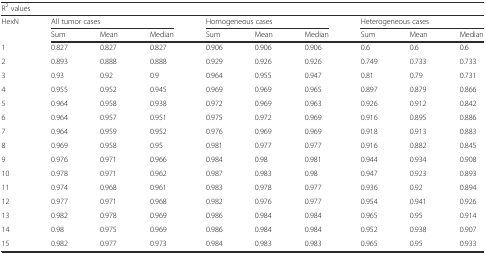
<table><thead><tr><td colspan="10"><b>R<sup>2</sup> values</b></td></tr><tr><td rowspan="2"><b>HexN</b></td><td colspan="3"><b>All tumor cases</b></td><td colspan="3"><b>Homogeneous cases</b></td><td colspan="3"><b>Heterogeneous cases</b></td></tr><tr><td><b>Sum</b></td><td><b>Mean</b></td><td><b>Median</b></td><td><b>Sum</b></td><td><b>Mean</b></td><td><b>Median</b></td><td><b>Sum</b></td><td><b>Mean</b></td><td><b>Median</b></td></tr></thead><tbody><tr><td>1</td><td>0.827</td><td>0.827</td><td>0.827</td><td>0.906</td><td>0.906</td><td>0.906</td><td>0.6</td><td>0.6</td><td>0.6</td></tr><tr><td>2</td><td>0.893</td><td>0.888</td><td>0.888</td><td>0.929</td><td>0.926</td><td>0.926</td><td>0.749</td><td>0.733</td><td>0.733</td></tr><tr><td>3</td><td>0.93</td><td>0.92</td><td>0.9</td><td>0.964</td><td>0.955</td><td>0.947</td><td>0.81</td><td>0.79</td><td>0.731</td></tr><tr><td>4</td><td>0.955</td><td>0.952</td><td>0.945</td><td>0.969</td><td>0.969</td><td>0.965</td><td>0.897</td><td>0.879</td><td>0.866</td></tr><tr><td>5</td><td>0.964</td><td>0.958</td><td>0.938</td><td>0.972</td><td>0.969</td><td>0.963</td><td>0.926</td><td>0.912</td><td>0.842</td></tr><tr><td>6</td><td>0.964</td><td>0.957</td><td>0.951</td><td>0.975</td><td>0.972</td><td>0.969</td><td>0.916</td><td>0.895</td><td>0.886</td></tr><tr><td>7</td><td>0.964</td><td>0.959</td><td>0.952</td><td>0.976</td><td>0.969</td><td>0.969</td><td>0.918</td><td>0.913</td><td>0.883</td></tr><tr><td>8</td><td>0.969</td><td>0.958</td><td>0.95</td><td>0.981</td><td>0.977</td><td>0.977</td><td>0.916</td><td>0.882</td><td>0.845</td></tr><tr><td>9</td><td>0.976</td><td>0.971</td><td>0.966</td><td>0.984</td><td>0.98</td><td>0.981</td><td>0.944</td><td>0.934</td><td>0.908</td></tr><tr><td>10</td><td>0.978</td><td>0.971</td><td>0.962</td><td>0.987</td><td>0.983</td><td>0.98</td><td>0.947</td><td>0.923</td><td>0.893</td></tr><tr><td>11</td><td>0.974</td><td>0.968</td><td>0.961</td><td>0.983</td><td>0.978</td><td>0.977</td><td>0.936</td><td>0.92</td><td>0.894</td></tr><tr><td>12</td><td>0.977</td><td>0.971</td><td>0.968</td><td>0.982</td><td>0.976</td><td>0.977</td><td>0.954</td><td>0.941</td><td>0.926</td></tr><tr><td>13</td><td>0.982</td><td>0.978</td><td>0.969</td><td>0.986</td><td>0.984</td><td>0.984</td><td>0.965</td><td>0.95</td><td>0.914</td></tr><tr><td>14</td><td>0.98</td><td>0.975</td><td>0.969</td><td>0.986</td><td>0.984</td><td>0.984</td><td>0.952</td><td>0.938</td><td>0.907</td></tr><tr><td>15</td><td>0.982</td><td>0.977</td><td>0.973</td><td>0.984</td><td>0.983</td><td>0.983</td><td>0.965</td><td>0.95</td><td>0.933</td></tr></tbody></table>